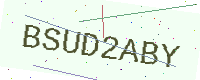
Text: BSUD2ABY